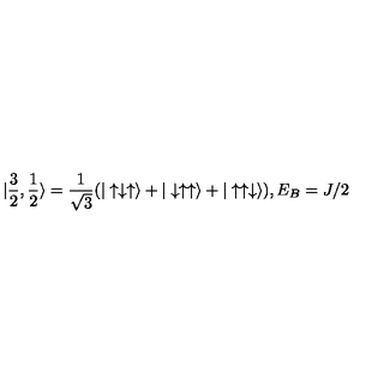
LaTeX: | \frac { 3 } { 2 } , \frac { 1 } { 2 } \rangle = \frac { 1 } { \sqrt { 3 } } ( | \uparrow \downarrow \uparrow \rangle + | \downarrow \uparrow \uparrow \rangle + | \uparrow \uparrow \downarrow \rangle ) , E _ { B } = J / 2